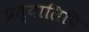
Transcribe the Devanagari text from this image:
प्रत्यालिपि